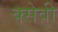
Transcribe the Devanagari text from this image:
क्सेवी